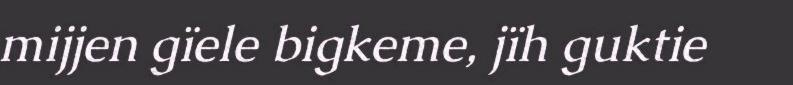
mijjen gïele bigkeme, jïh guktie